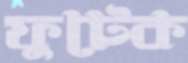
ফুটেক